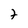
Character: 7